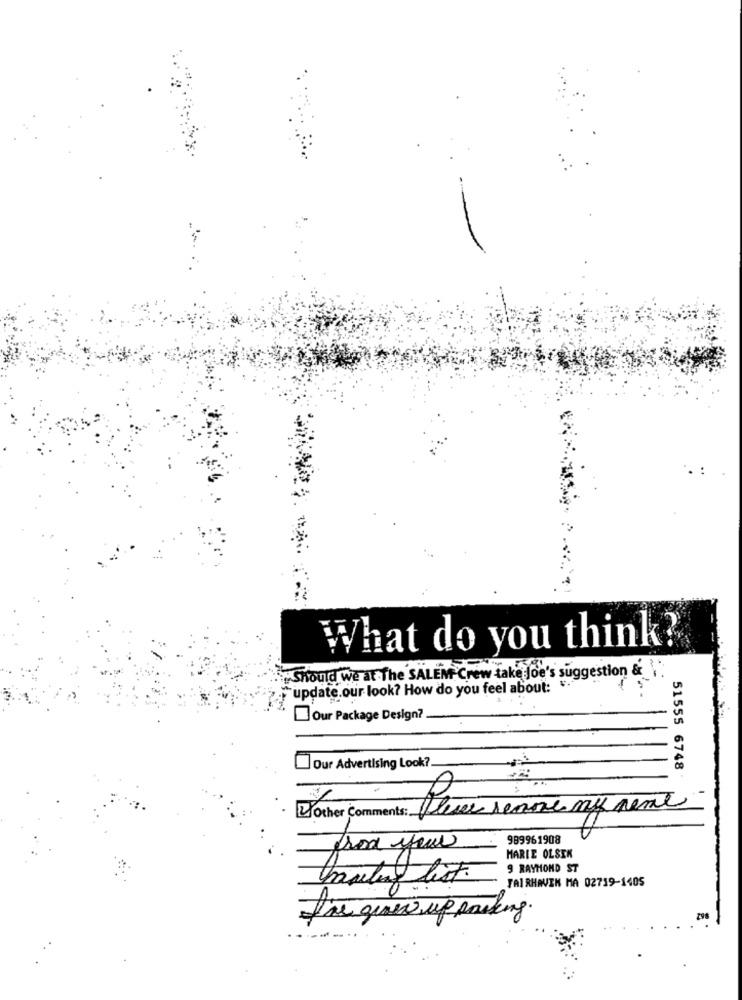
What do you think?
Should we at The SALEM Crew take Joe
suggestion & 1.
"update.our look? How do you feel about: ".
Our Package Design?
Our Advertising Look ?.
51555 6748
These sense my rene
Dother Comments: 6
989961908
from your
HARIE OLSEK
9 RAYMOND ST
mailing list.
FAIRHAVEN MA 02719-1405
fire give up parking.